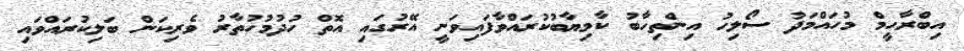
އިބްރާހީމް މުހައްމަދު ސޯލިހު އިންތިހާބު ކާމިޔާބުކުރައްވާފައިވަނީ އޭރުގައި އޮތް ހުދުމުހުތާރު ވެރިކަން ބަލިކުރައްވައި